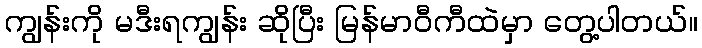
ကျွန်းကို မဒီးရကျွန်း ဆိုပြီး မြန်မာဝီကီထဲမှာ တွေ့ပါတယ်။